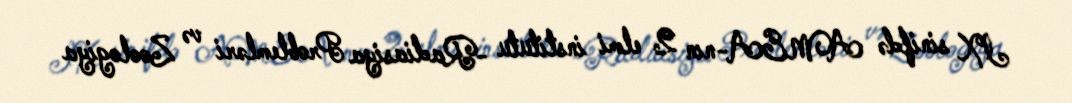
IX sinifdə AMEA-nın 2 elmi institutu -Radiasiya Problemləri və Zoologiya